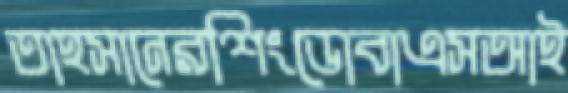
তাহসানেরশিংডোবাএসআই